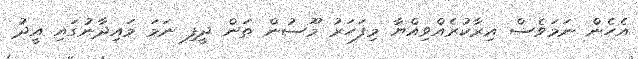
އެހެން ނަމަވެސް އިރާކުރެއްވިއްޔާ މިފަހަރު މޫސުން ތަން ދީފި ނަމަ މައިދާނުގައި އީދު